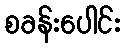
စခန်းပေါင်း